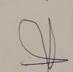
Signature authenticity: forged